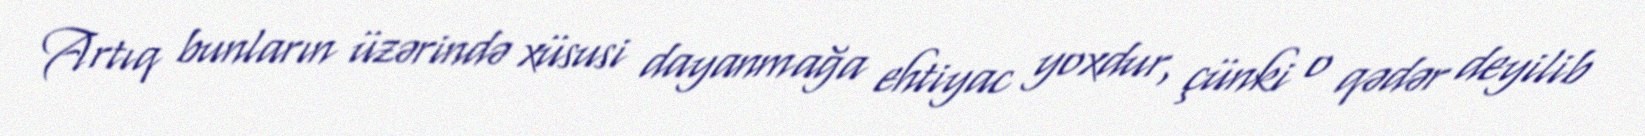
Artıq bunların üzərində xüsusi dayanmağa ehtiyac yoxdur, çünki o qədər deyilib